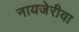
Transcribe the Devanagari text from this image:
नायजेरीया